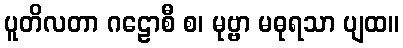
ပူတိလတာ ဂဠောစီ စ၊ မုဗ္ဗာ မဓုရသာ ပျထ။